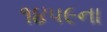
૧૪૫૯ના